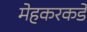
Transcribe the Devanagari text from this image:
मेहकरकडे